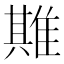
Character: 𨿣